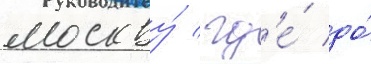
москву́ / гд'е́ до́